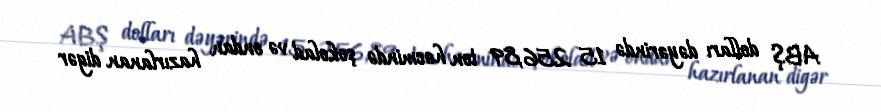
ABŞ dolları dəyərində 15 256,89 ton həcmində şokolad və ondan hazırlanan digər